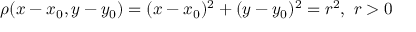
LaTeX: \rho ( x - x _ { 0 } , y - y _ { 0 } ) = ( x - x _ { 0 } ) ^ { 2 } + ( y - y _ { 0 } ) ^ { 2 } = r ^ { 2 } , \ r > 0